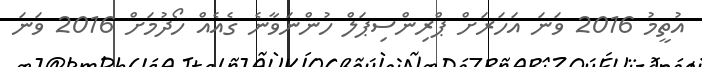
އުތީމު 2016 ވަނަ އަހަރަށް ޕްރިންސިޕަލް ހުންނަވާނެ ގެއެއް ހޯދުމަށް 2016 ވަނަ